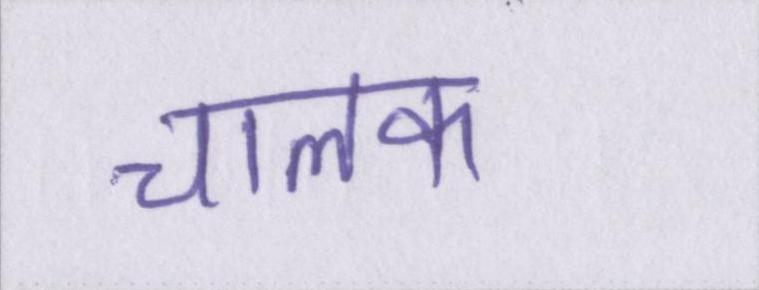
चालक